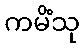
ကမိံသု